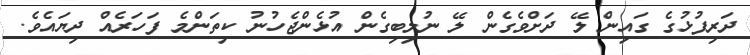
ދަރިފުޅުގެ ގައިން ލޭ ދަށްވެގެން ލޭ ނުލިބިގެން އުޅެންޖެހުނު ކިތަންމެ ފަހަރެއް ދިޔައެވެ.